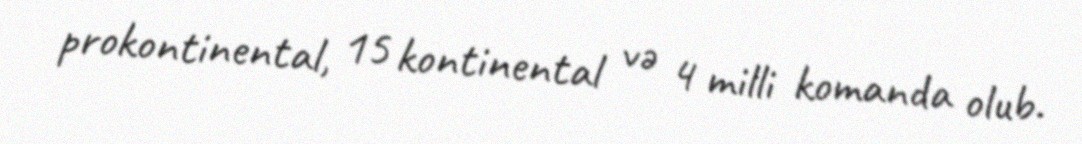
prokontinental, 15 kontinental və 4 milli komanda olub.